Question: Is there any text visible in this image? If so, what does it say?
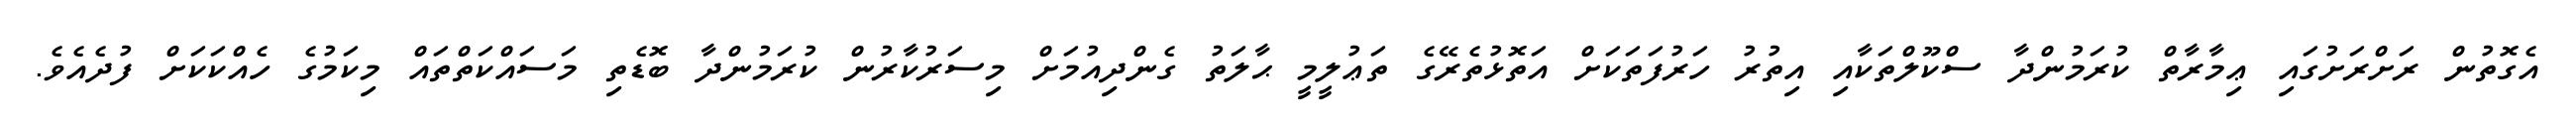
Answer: އެގޮތުން ރަށްރަށުގައި ޢިމާރާތް ކުރަމުންދާ ސްކޫލްތަކާއި އިތުރު ހަރުފަތަކަށް އަތޮޅުތެރޭގެ ތަޢުލީމީ ޙާލަތު ގެންދިއުމަށް މިސަރުކާރުން ކުރަމުންދާ ބޮޑެތި މަސައްކަތްތައް މިކަމުގެ ހެއްކަކަށް ފުދެއެވެ.